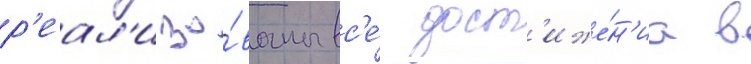
р'еал'изо́ваны вс'е́ дост'иже́н'иа в